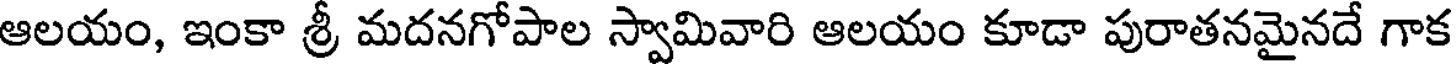
ఆలయం, ఇంకా శ్రీ మదనగోపాల స్వామివారి ఆలయం కూడా పురాతనమైనదే గాక